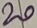
Text: 20